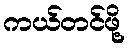
ကယ်တင်ဖို့